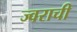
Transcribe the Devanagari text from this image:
ज्वराची